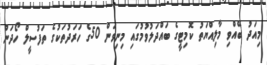
މިއަދު ބޭއްވި މާލިއްޔަތު ކޮމިޓީގެ ބައްދަލުވުމުގައި މިނިވަން 50ގެ ހަރަދުތަކުގެ ތަފުސީލް ހޯދަން